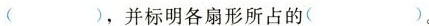
( )，并标明各扇形所占的( )